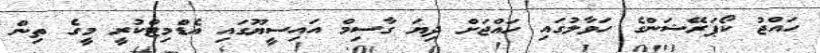
ހައްޖު ކޯޕަރޭޝަންގެ ހަވާލުގައި ހައްޖަށް ދިޔަ ގާސިމް އައިސީޔޫގައި އެޑްމިޓްކުރީ މީގެ ތިން